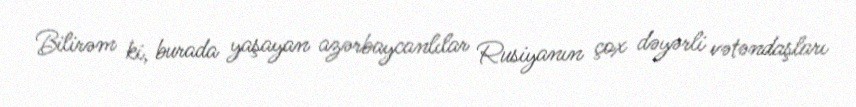
Bilirəm ki, burada yaşayan azərbaycanlılar Rusiyanın çox dəyərli vətəndaşları